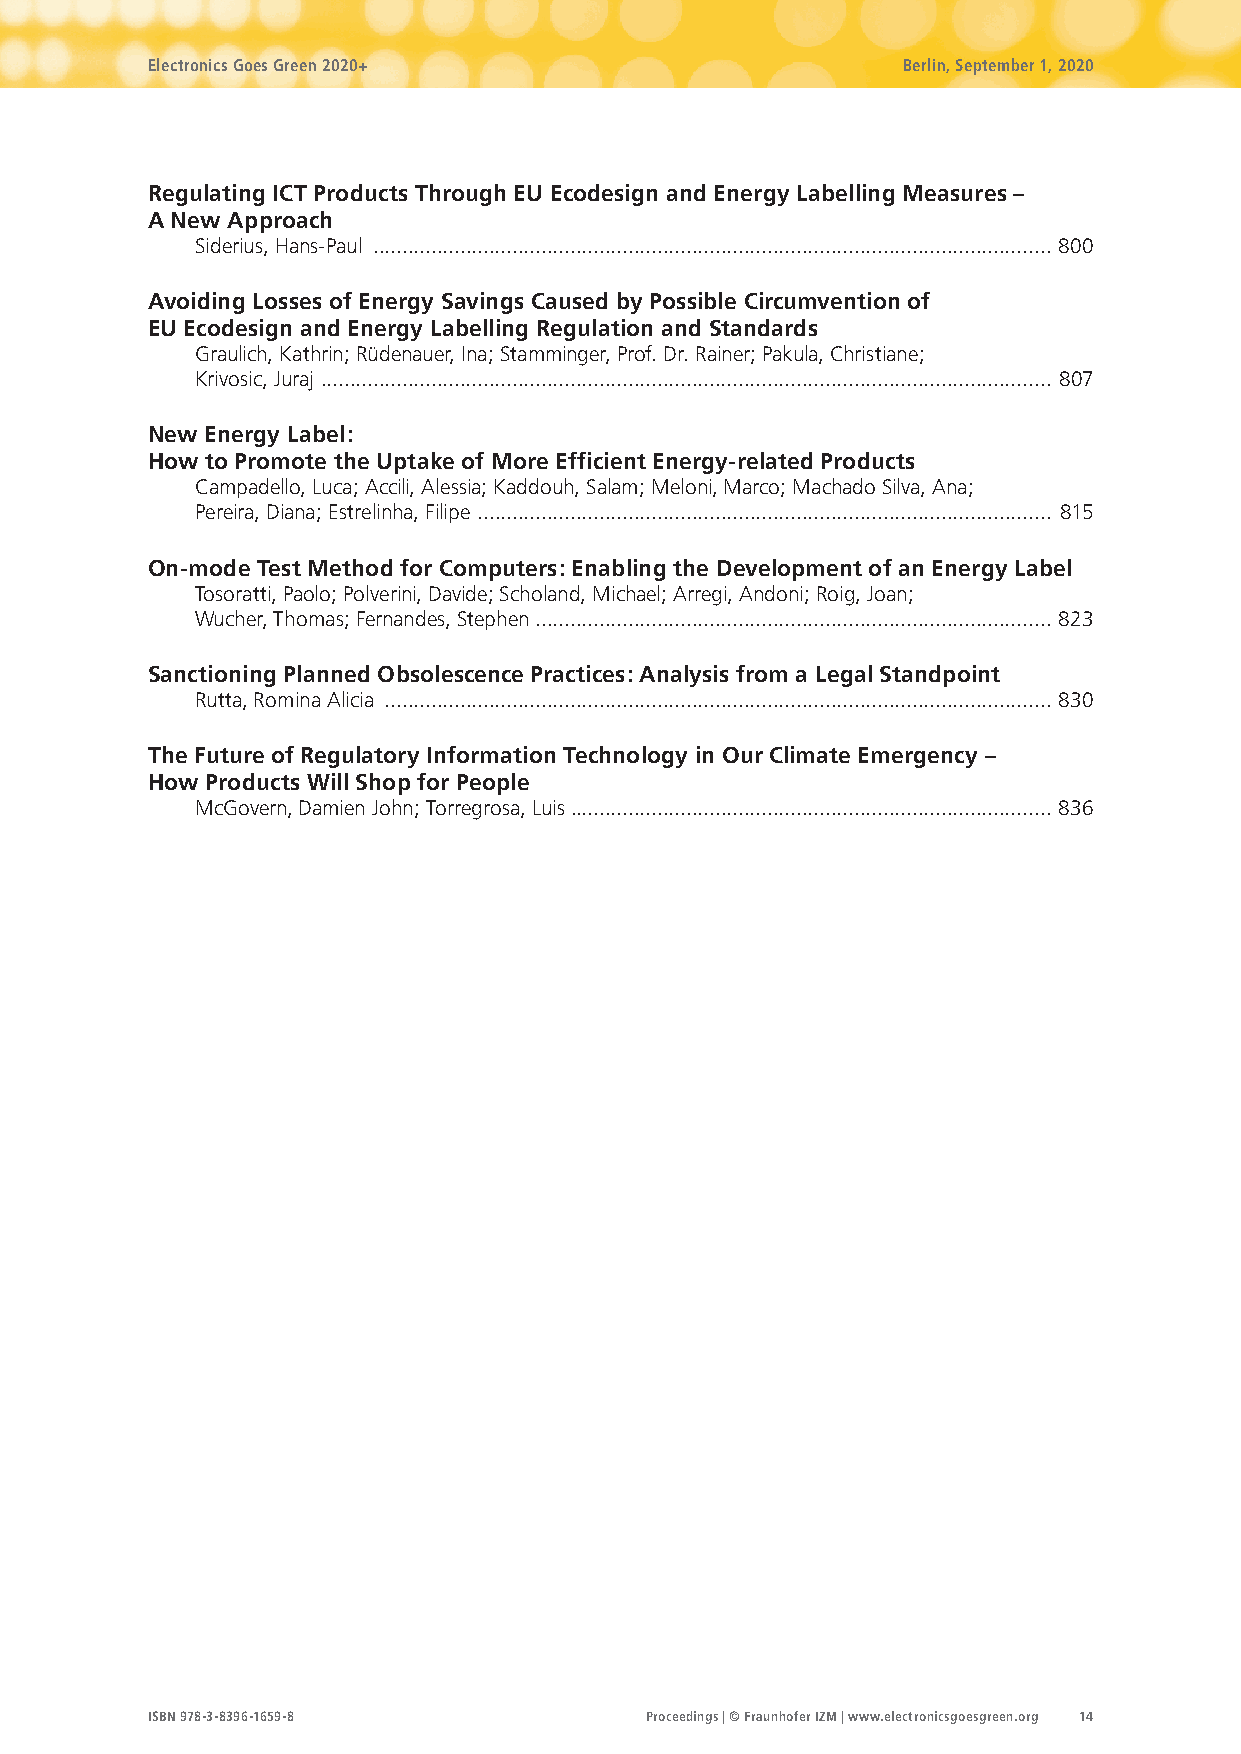
Electronics Goes Green 2020+                      Berlin, September 1, 2020
 Regulating ICT Products Through EU Ecodesign and Energy Labelling Measures –
 A New Approach
 Siderius, Hans-Paul ..................................................................................................................... 800
 Avoiding Losses of Energy Savings Caused by Possible Circumvention of
 EU Ecodesign and Energy Labelling Regulation and Standards
 Graulich, Kathrin; Rüdenauer, Ina; Stamminger, Prof. Dr. Rainer; Pakula, Christiane;
 Krivosic, Juraj .............................................................................................................................. 807
 New Energy Label:
 How to Promote the Uptake of More Efficient Energy-related Products
 Campadello, Luca; Accili, Alessia; Kaddouh, Salam; Meloni, Marco; Machado Silva, Ana;
 Pereira, Diana; Estrelinha, Filipe ................................................................................................... 815
 On-mode Test Method for Computers: Enabling the Development of an Energy Label
 Tosoratti, Paolo; Polverini, Davide; Scholand, Michael; Arregi, Andoni; Roig, Joan;
 Wucher, Thomas; Fernandes, Stephen ......................................................................................... 823
 Sanctioning Planned Obsolescence Practices: Analysis from a Legal Standpoint
 Rutta, Romina Alicia ................................................................................................................... 830
 The Future of Regulatory Information Technology in Our Climate Emergency –
 How Products Will Shop for People
 McGovern, Damien John; Torregrosa, Luis ................................................................................... 836
 ISBN 978-3-8396-1659-8           Proceedings | © Fraunhofer IZM | www.electronicsgoesgreen.org 14